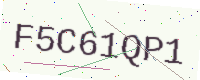
Text: F5C61QP1